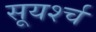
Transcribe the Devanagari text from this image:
सूयर्श्च